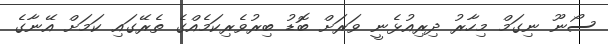
ސޯނޫ ނިގަމް މިހާރު ދިރިއުޅެނީ ވަރަށް ބޮޑު ބިރުވެރިކަމެއްގެ ތެރޭގައި ކަމަށް އޭނާގެ